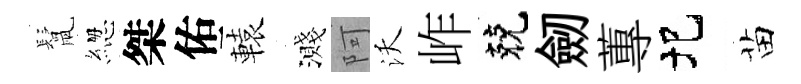
鬛緫桀佑轅濺阿沃岞兢劒蓴圯苗